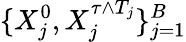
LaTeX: \{ X_{j}^{0},X_{j}^{\tau\wedge T_{j}}\} _{j=1}^{B}